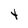
Character: t